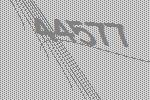
44577